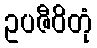
ဥပဇီဝိတုံ